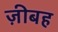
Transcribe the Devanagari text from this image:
ज़ीबह